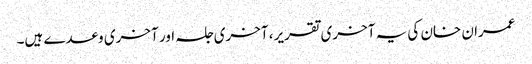
عمران خان کی یہ آخری تقریر، آخری جلسہ اور آخری وعدے ہیں۔